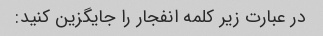
در عبارت زیر کلمه انفجار را جایگزین کنید: